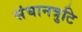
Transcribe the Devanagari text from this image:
संघानत्रुटि